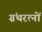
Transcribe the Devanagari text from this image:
ग्रंथरत्नों